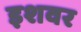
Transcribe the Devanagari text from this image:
इशवर